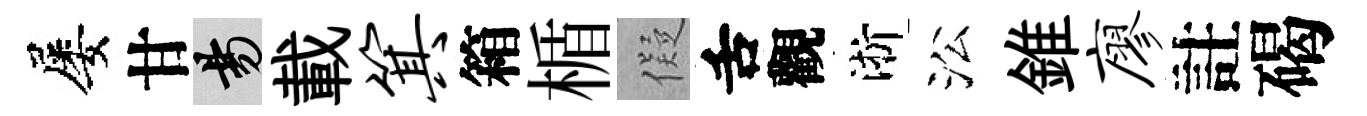
屡甘昜載箕箱楯儗舌觀淅㳂錐廖註碣